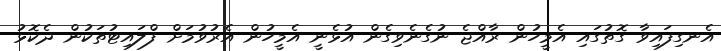
އެނގިފައިވާ ގޮތުގައި އެމީހުން ރާއްޖެ ނުގެނެވިގެން އުޅެނީ އެމީހުން އެރުވުމަށް ފްލައިޓުތަކުން ދެކޮޅު